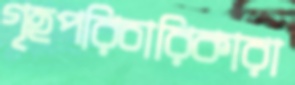
গৃহপরিচারিকারা